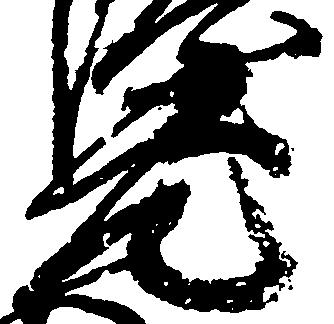
元